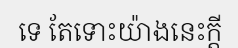
ទេ តែទោះយ៉ាងនេះក្តី